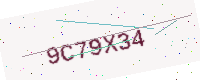
Text: 9C79X34